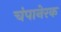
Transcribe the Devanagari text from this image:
चंपानेरक